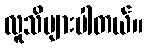
လူသိများပါတယ်။